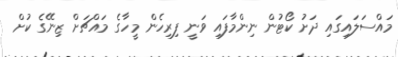
މައްސަލައިގައި ދަށު ކޯޓުން ނިންމާފައި ވަނީ ފިރިހެން މީހާގެ މައްޗަށް ޒިނޭގެ ކުށް